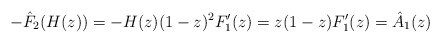
\begin{align*}-\hat F_2(H(z)) = -H(z)(1-z)^2 F_1'(z) = z(1-z) F_1'(z) = \hat A_1(z)\end{align*}